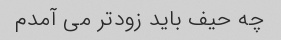
چه حیف باید زودتر می آمدم